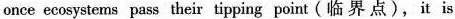
once ecoaytems pass their tipping point ( 界点), it is